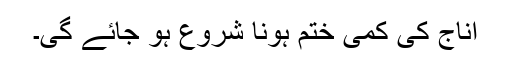
اناج کی کمی ختم ہونا شروع ہو جائے گی۔